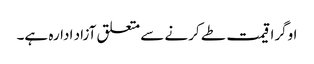
اوگرا قیمت طے کرنے سے متعلق آزاد ادارہ ہے۔